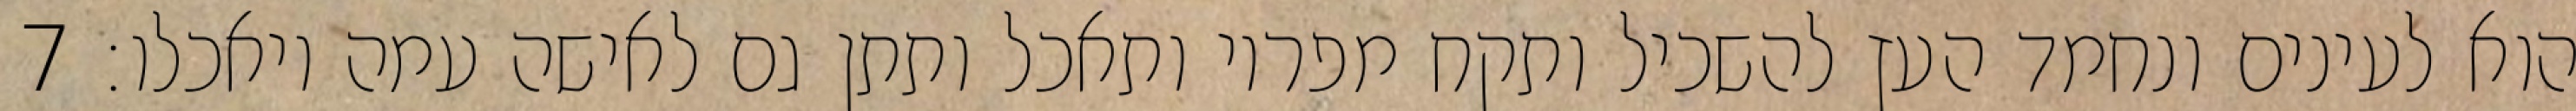
הוא לעינים ונחמד העץ להשכיל ותקח מפריו ותאכל ותתן גם לאישה עמה ויאכלו׃ ‎7‏